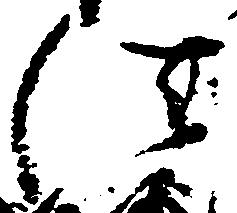
法